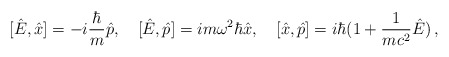
\begin{align*}[\hat{E},\hat{x}]=-i\frac{\hbar}{m}\hat{p},\,\,\,\,\,\,[\hat{E},\hat{p}]=im\omega^{2}\hbar\hat{x},\,\,\,\,\,\,[\hat{x},\hat{p}]=i\hbar(1+\frac{1}{mc^{2}}\hat{E})\, ,\end{align*}